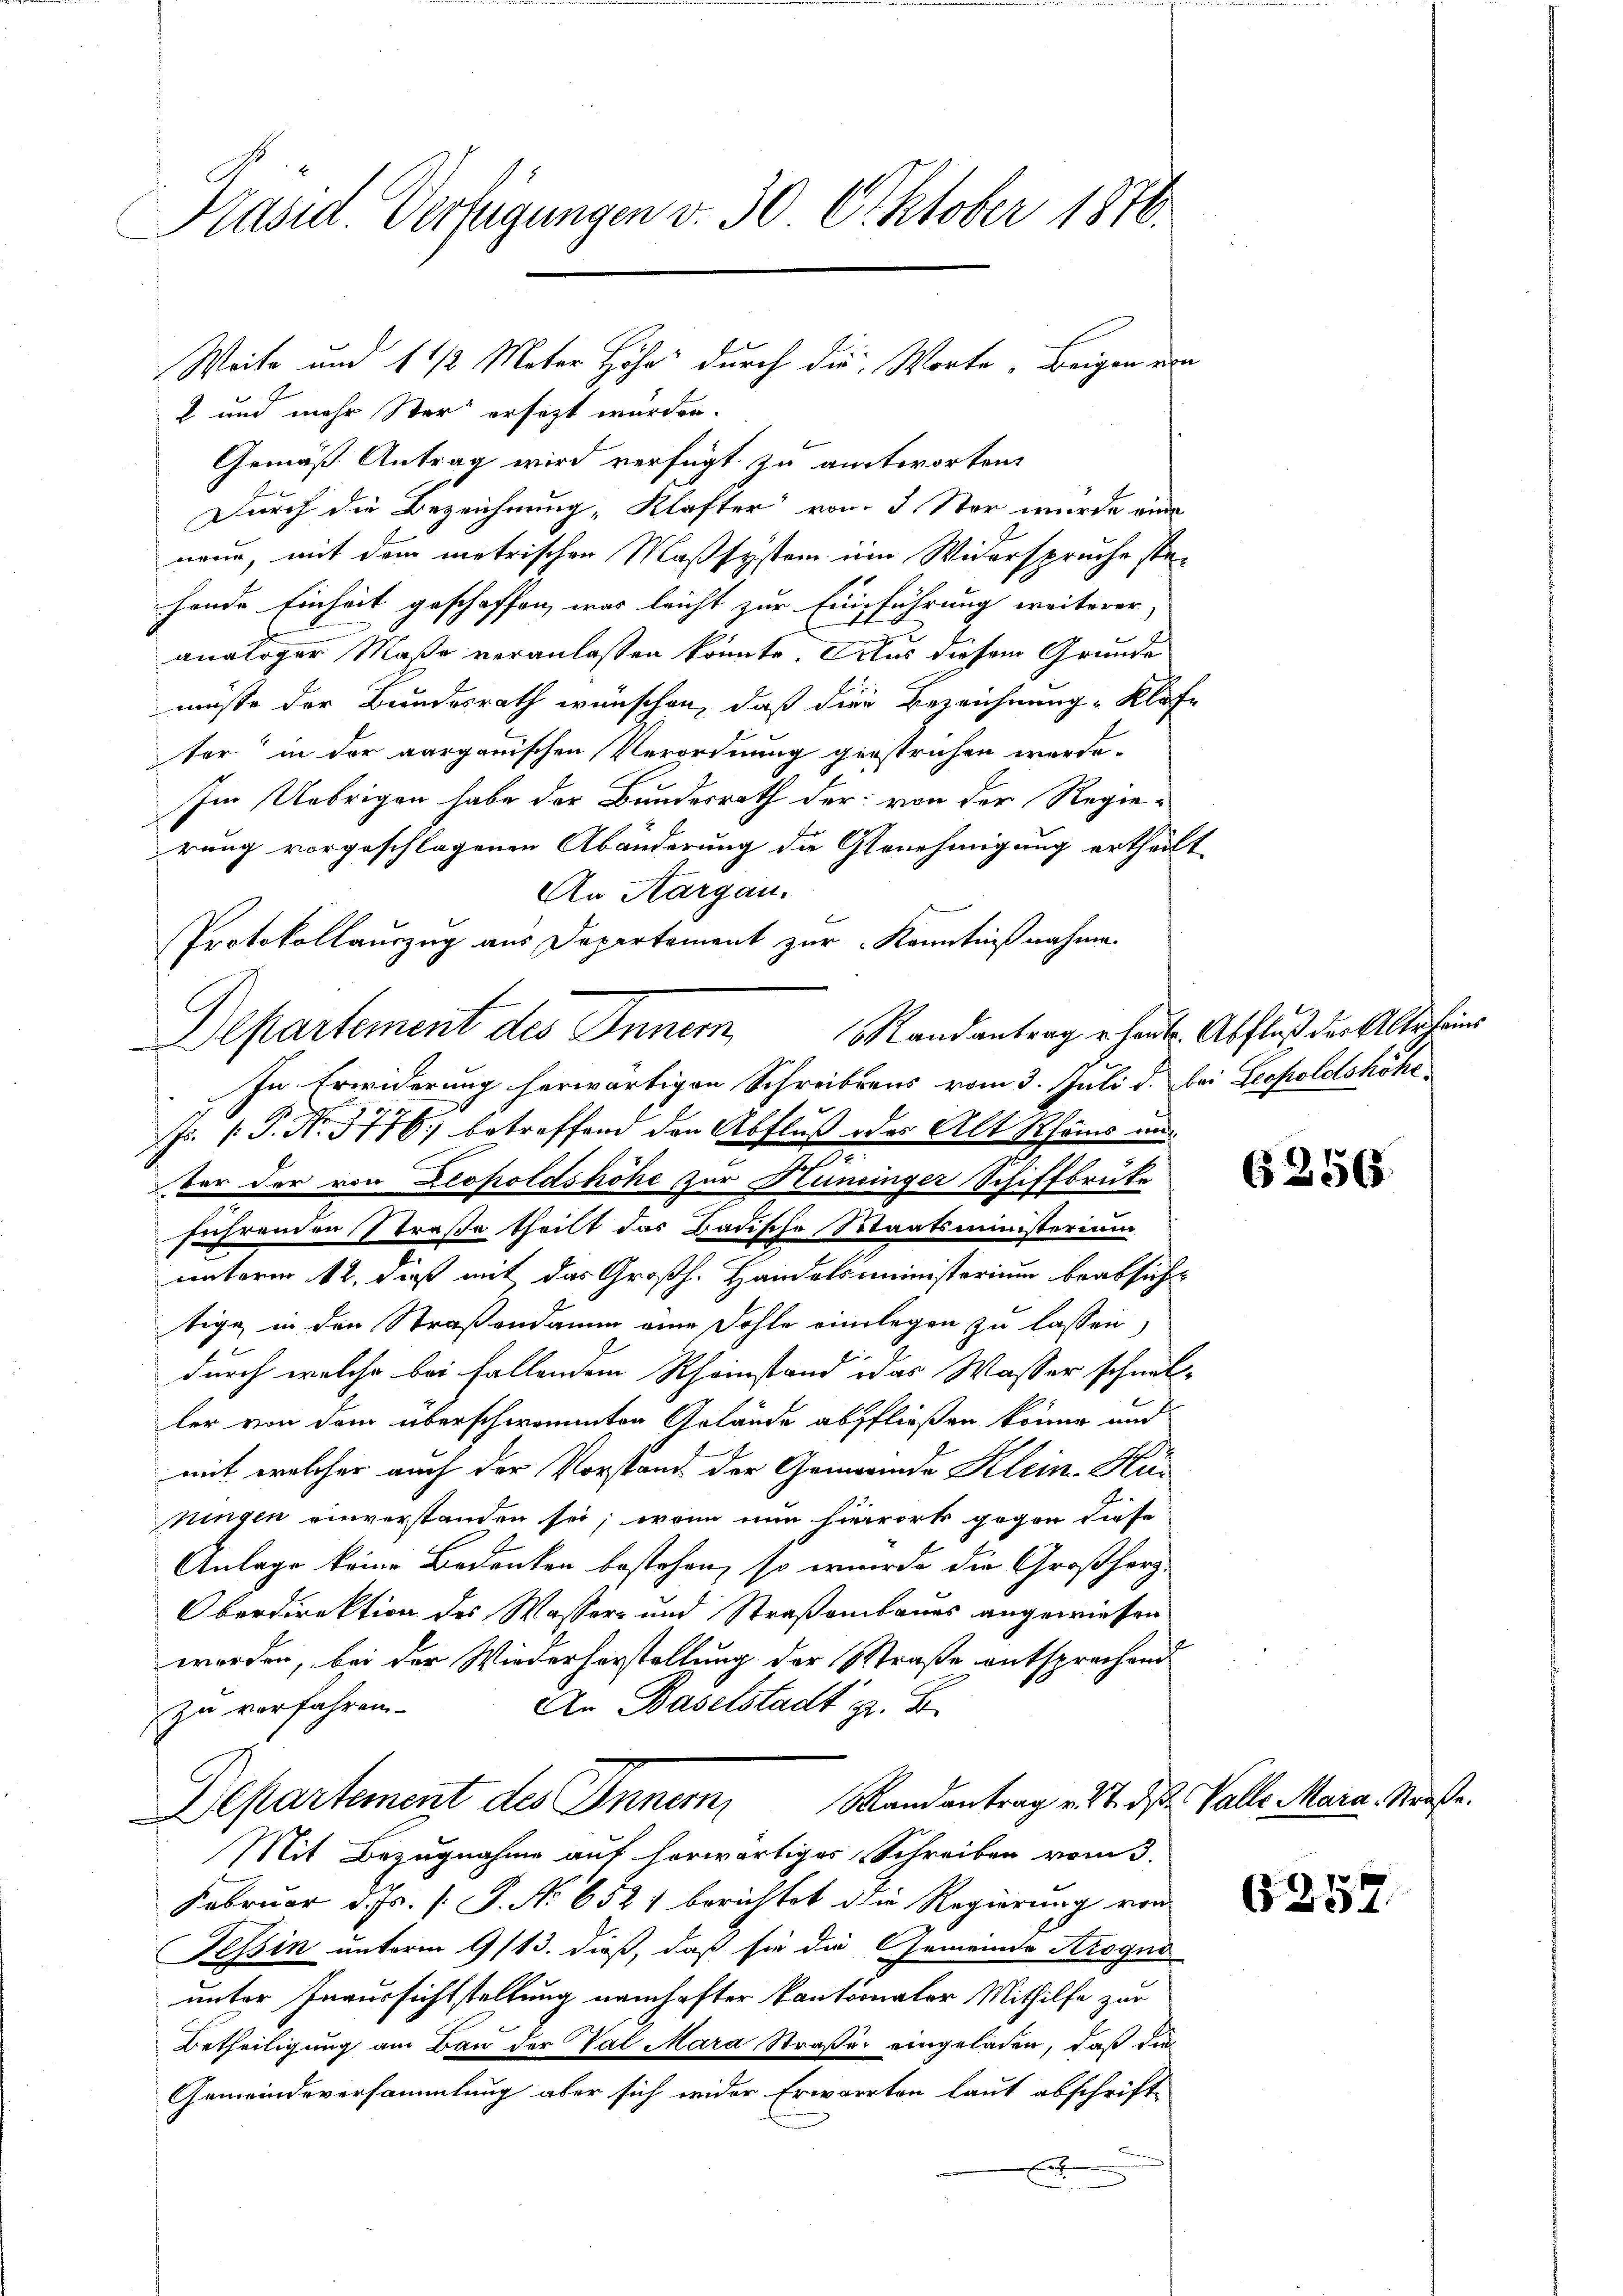
Präsid. Verfügungen v. 30 Oktober 1876.
Weite und 1 1/2 Mater Höhe durch die Worte „Beigen ein

2 und mehr Ster ersezt wurden.
Gemäß Antrag wird verfügt zu antworten.
Durch die Bezeichnung „Klafter von 3 Ster wurde eine
neue, mit dem metrischen Maßsystem im Widerspruche ste-
fonde Einheit geschaffen, was leicht zur Einführung weiterer,
analoger Maße veranlassen könnte. Aus diesem Grunde
müsse der Bundesrath wünschen, daß dies Bezeichnung-Kläfe
ter in der aargauischen Verordnung gestrichen werde.
Im Uebrigen habe der Bundesrath der von der Regierung vorgeschlagenen Abänderung die Genehmigung ertheilt
An Aargau.
Protokollauszug aus Departement zur Kenntnißnahme.
In Erwiderung herwärtigen Schreibrens vom 3. Juli d. bei Leopoldshöhe
Jo. 1. P. No. 3776, betreffend den Abfluß oder Alt Rhäms und
F
vor der von Leopoldshöhe zur Hunzinger Schiffbrüke
führenden Straße theilt das Badische Staatsministerium
unterm 12. daß mit das Großh. Handelsministerium beabsicht
tige in den Straßendamm eine Fohle einlegen zu lassen,
durch welche bei fallendem Rheinstand das Wasser schnell-
ler von dem überschwemmten Gelände abschließen könne und
.
mit welcher auch der Vorstand der Gemeinde Klein. Kur
ningen einverstanden sei; wenn nun hierork gegen diese
Anlage keine Bedenken bestehen, so wurde die Großherz-
Oberdirektion des Wasser- und Straßenbaues angewiesen
werden, bei der Wiederhorstellung der Straße entsprechend
An Baselstadt z. B.
zu verfahren.
Mandantrag v. 27. ds Valle Mara Straße.
Departement des Inner,
Mit Bezugnahme auf herwärtiges Schreiben vom 3.
Februar d. Js. [S. Nr. 6521 berichtet die Regierung von
Tessin unterm 9/13. dieß, daß sie die Gemeinde Krogno
unter Inaursichtstellung namhafter kantonaler Mithilfe zur
Betheiligung am Bau der Val Mara Straßer eingeladen, daß die
Gemeindeversammlung aber sich wider Erwarrten laut abschrifte
x

Departement des Inner, Randantrag er heute Abfluß der Alter seiner

6256.

G357